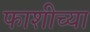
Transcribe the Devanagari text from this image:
फाशीच्या